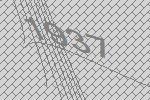
1937